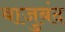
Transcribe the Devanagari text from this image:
बाजुबंद